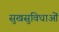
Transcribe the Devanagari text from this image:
सुखसुविधाओं